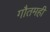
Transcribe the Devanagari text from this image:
गौतमही